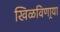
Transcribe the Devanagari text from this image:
खिळविणार्‍या